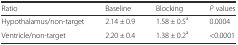
<table><thead><tr><td><b>Ratio</b></td><td><b>Baseline</b></td><td><b>Blocking</b></td><td><b><i>P</i> values</b></td></tr></thead><tbody><tr><td>Hypothalamus/non-target</td><td>2.14 ± 0.9</td><td>1.58 ± 0.5<sup>a</sup></td><td>0.0004</td></tr><tr><td>Ventricle/non-target</td><td>2.20 ± 0.4</td><td>1.38 ± 0.2<sup>a</sup></td><td>&lt;0.0001</td></tr></tbody></table>